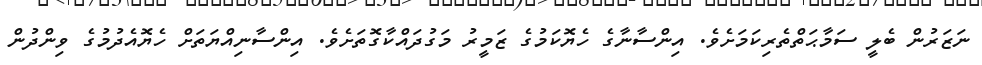
ނަޒަރުން ބެލީ ސަމާޙަތްތެރިކަމަށެވެ. އިންސާނާގެ ހެޔޮކަމުގެ ޒަމީރު މަގުދައްކާގޮތަށެވެ. އިންސާނިއްޔަތަށް ހެޔޮއެދުމުގެ ވިންދުން